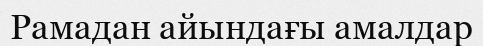
Рамадан айындағы амалдар